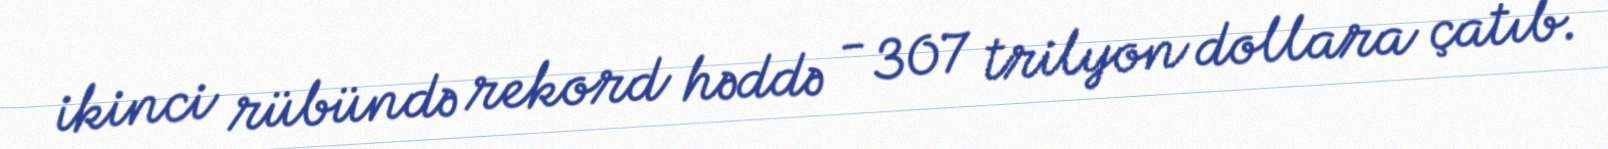
ikinci rübündə rekord həddə - 307 trilyon dollara çatıb.